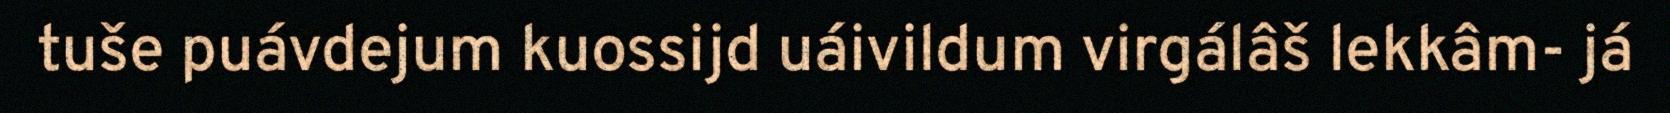
tuše puávdejum kuossijd uáivildum virgálâš lekkâm- já